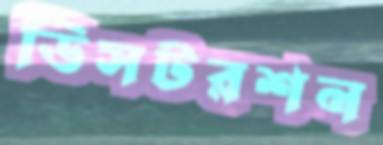
ডিসটরশন